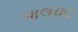
પાલઘર